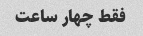
فقط چهار ساعت